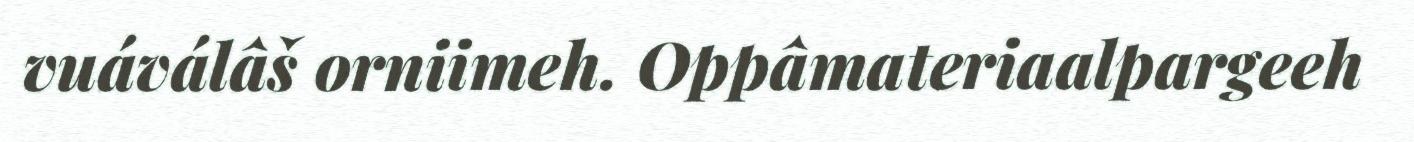
vuáválâš orniimeh. Oppâmateriaalpargeeh